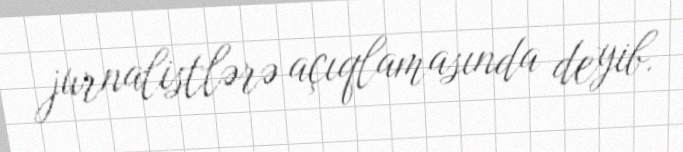
jurnalistlərə açıqlamasında deyib.